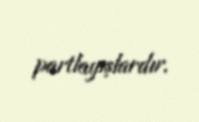
partlayışlardır.